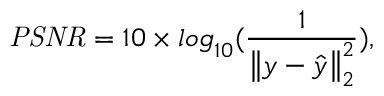
\mathit { P S N R } = 1 0 \times { l o g } _ { 1 0 } { ( \frac { 1 } { \left\lVert y - \hat { y } \right\rVert _ { 2 } ^ { 2 } } ) } ,